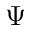
\boldsymbol { \Psi }